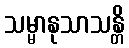
သမ္မာနုသာသန္တိ